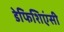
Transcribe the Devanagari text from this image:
डेफिशिएंसी